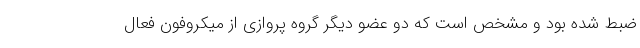
ضبط شده بود و مشخص است که دو عضو دیگر گروه پروازی از میکروفون فعال